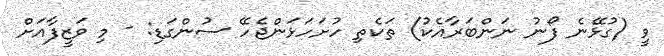
ވީ (ގުޅޭނެ ފޯނު ނަންބަރާއެކު) ތަކެތި ހުށަހަޅަންޖެހޭ ސުންގަޑި: - މި ވަޒީފާއަށް